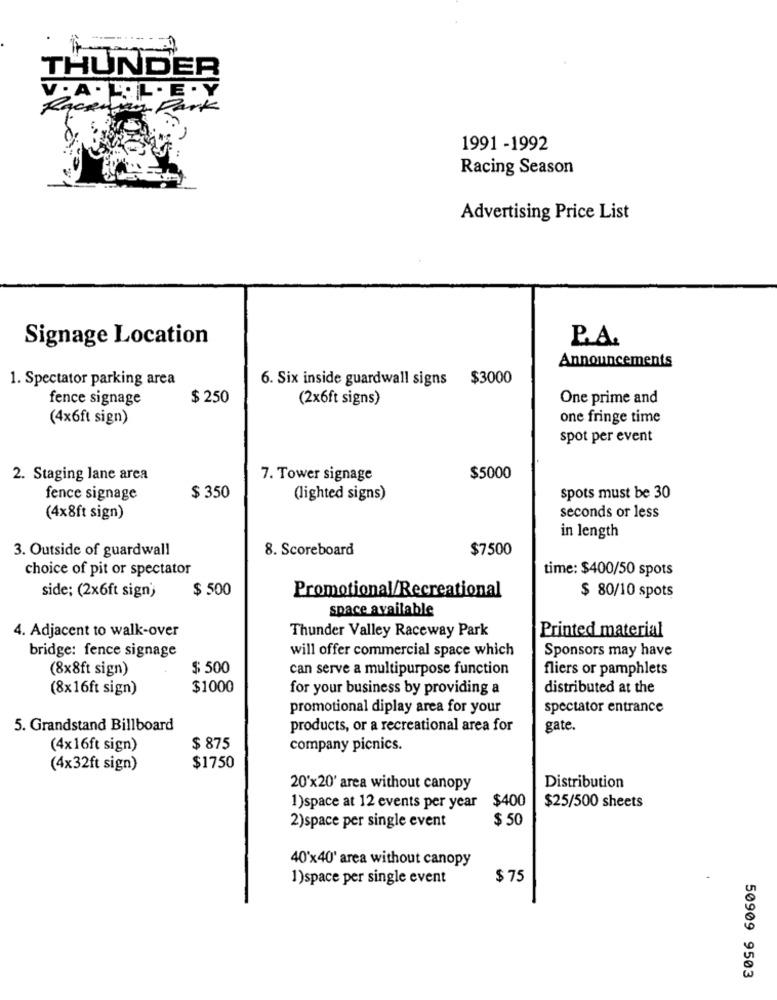
THUNDER
V. A . R.L. E . Y
Rackivan Park
1991 -1992
Racing Season
Advertising Price List
P.A.
Signage Location
Announcements
1. Spectator parking area
6. Six inside guardwall signs $3000
fence signage
$ 250
(2x6ft signs)
One prime and
(4×6ft sign)
one fringe time
spot per event
2. Staging lane area
7. Tower signage
$5000
fence signage
$ 350
(lighted signs)
spots must be 30
(4x8ft sign)
seconds or less
in length
3. Outside of guardwall
8. Scoreboard
$7500
choice of pit or spectator
time: $400/50 spots
$ 500
$ 80/10 spots
side; (2x6ft sign)
Promotional/Recreational
space available
4. Adjacent to walk-over
Thunder Valley Raceway Park
Printed material
will offer commercial space which
Sponsors may have
bridge: fence signage
(8x8ft sign)
$ 500
can serve a multipurpose function
fliers or pamphlets
(8x16ft sign)
$1000
for your business by providing a
distributed at the
promotional diplay area for your
spectator entrance
5. Grandstand Billboard
products, or a recreational area for
gate.
(4x16ft sign)
$ 875
company picnics.
(4x32ft sign)
$1750
20'x20' area without canopy
Distribution
1)space at 12 events per year $400
$25/500 sheets
$50
2)space per single event
40'x40' area without canopy
1)space per single event
$ 75
50909 9503